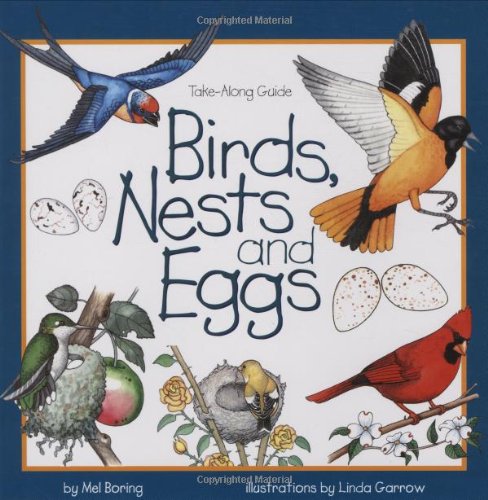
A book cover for Birds, Nests & Eggs (Take Along Guides); Mel Boring; Children's Books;